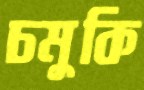
চমুকি